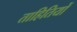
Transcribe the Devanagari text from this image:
ताहितियों